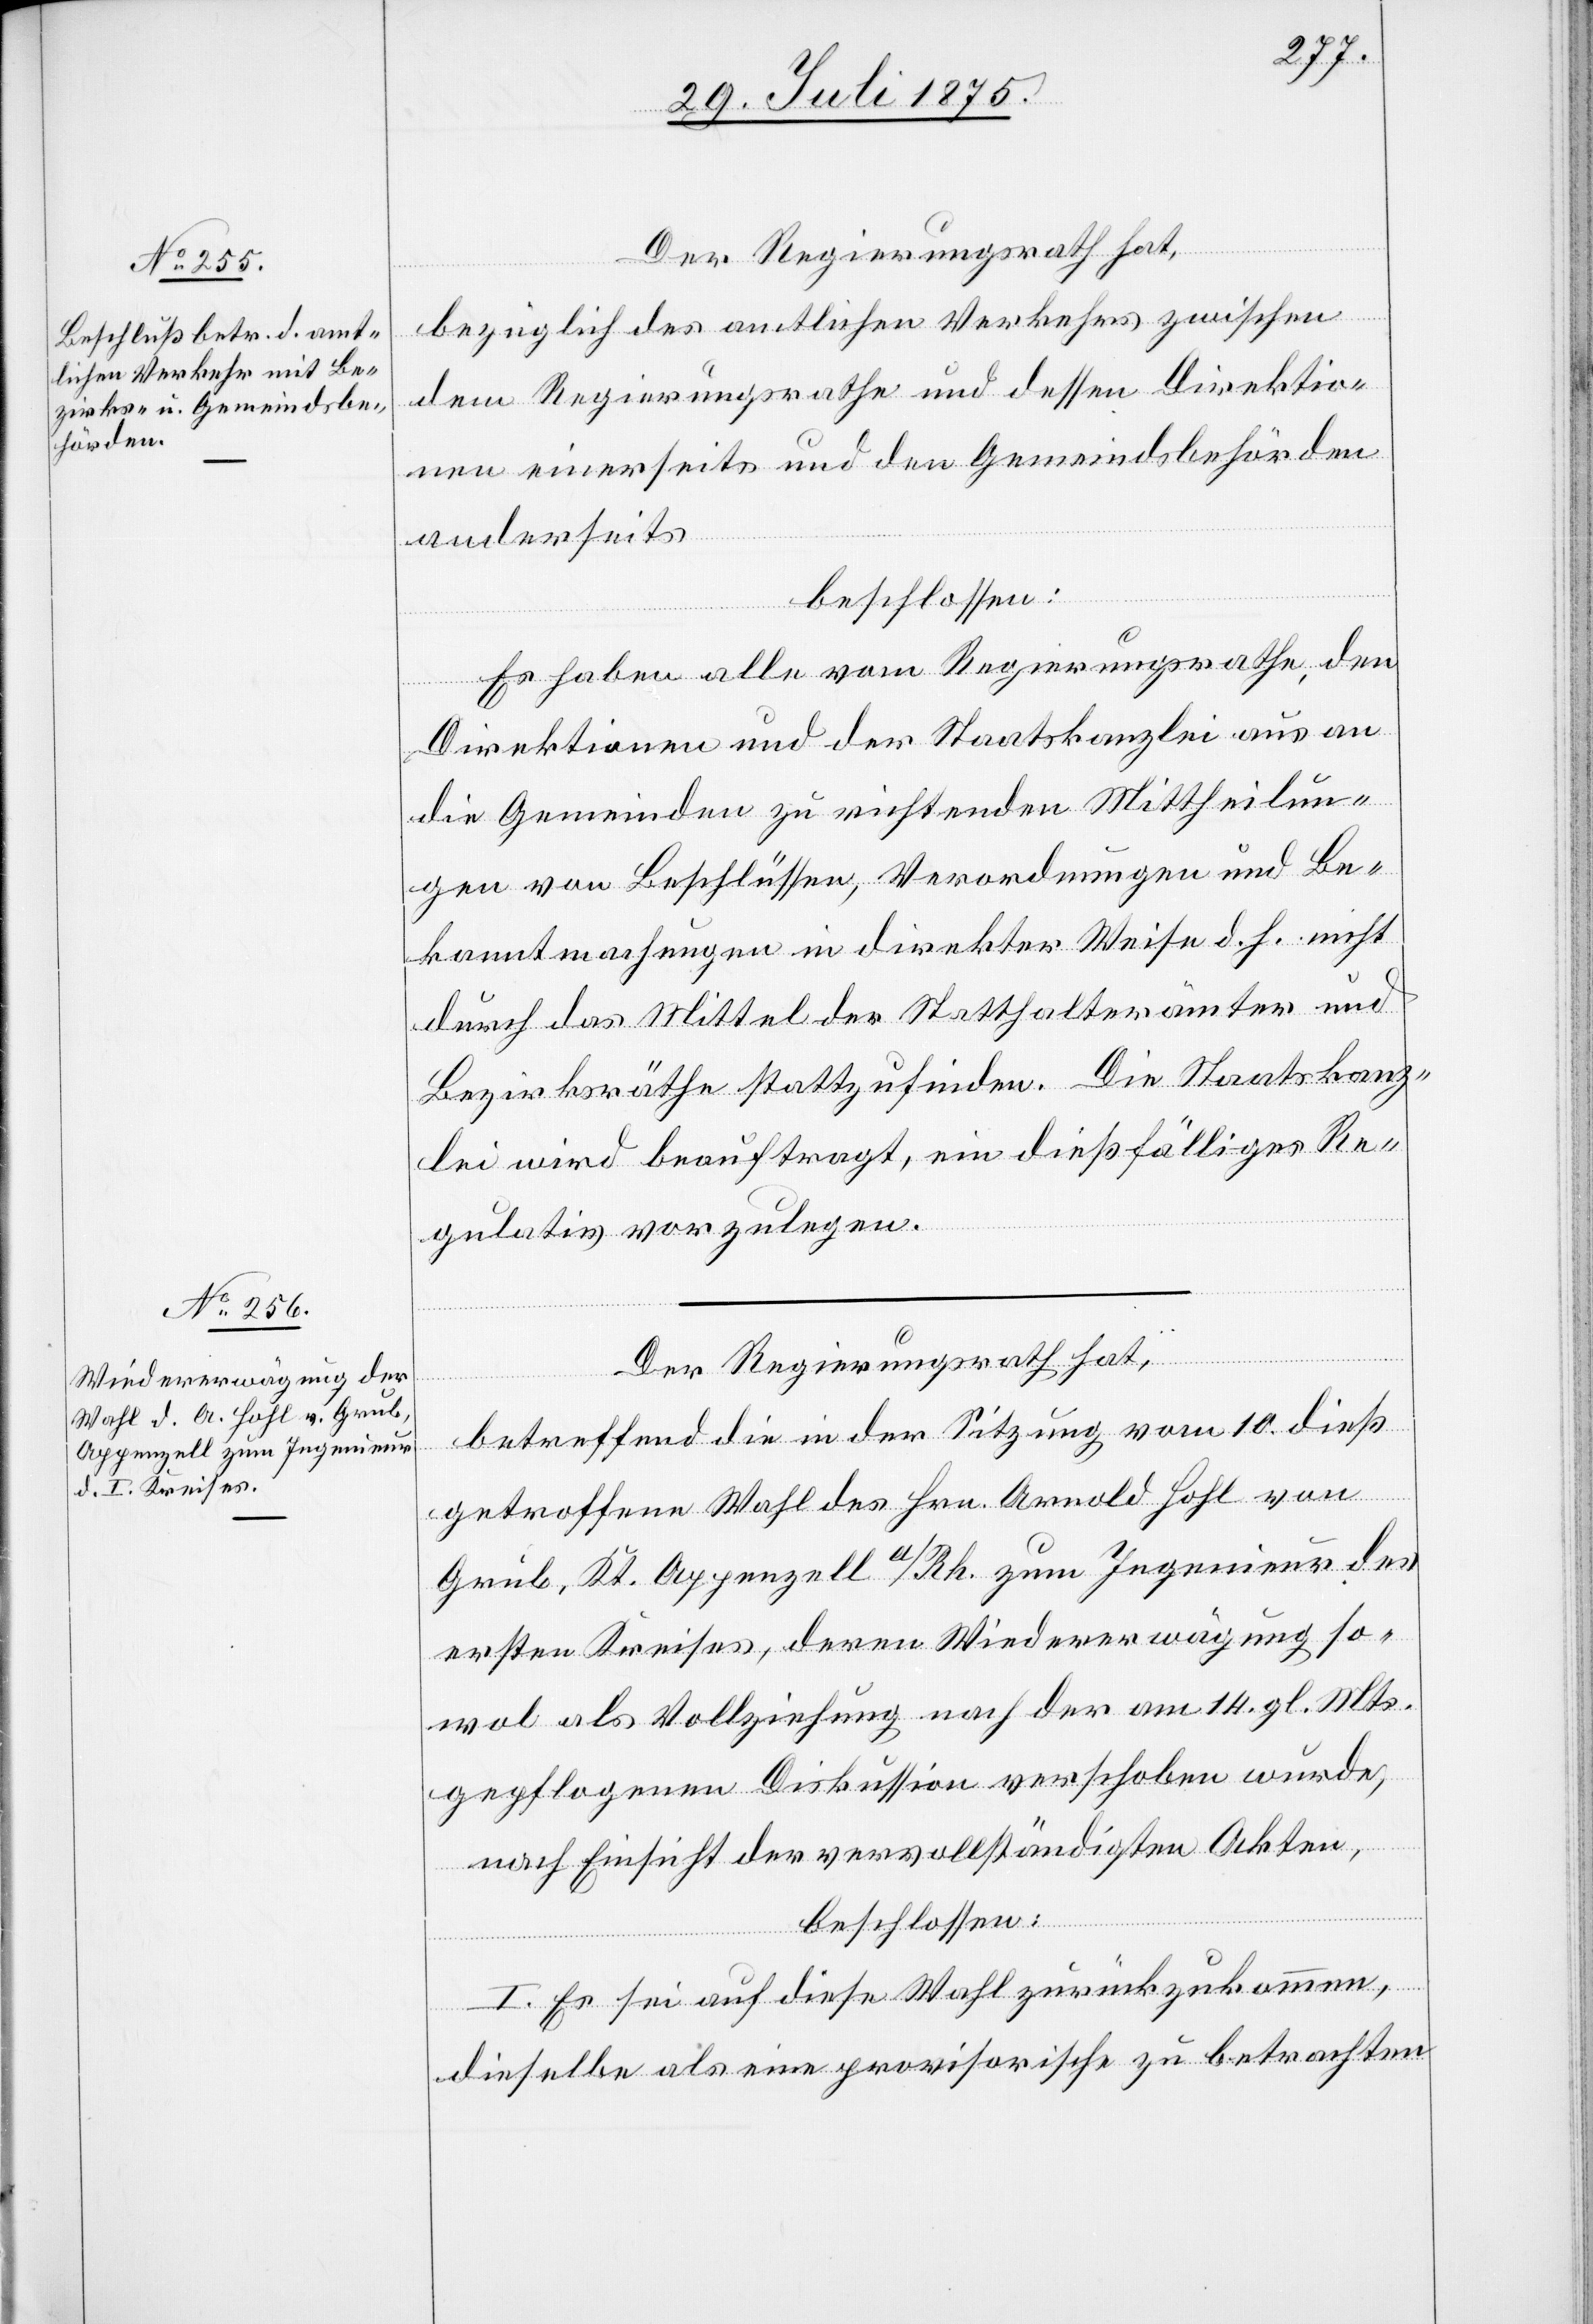
Der Regierungsrath hat,
bezüglich des amtlichen Verkehrs zwischen
dem Regierungsrathe und dessen Direktio¬
nen einerseits und den Gemeindsbehörden
anderseits
beschlossen:
Es haben alle vom Regierungsrathe, den
Direktionen und der Staatskanzlei aus an
die Gemeinden zu richtenden Mittheilun¬
gen von Beschlüssen, Verordnungen und Be¬
kanntmachungen in direkter Weise d. h. nicht
durch das Mittel der Statthalterämter und
Bezirksräthe stattzufinden. Die Staatskanz¬
lei wird beauftragt, ein dießfälliges Re¬
gulativ vorzulegen.
Der Regierungsrath hat,
betreffen die in der Sitzung vom 10. dieß
getroffene Wahl des Hrn. Arnold Hohl von
Grub, Kt. Appenzell a/Rh. zum Ingenieur des
ersten Kreises, deren Wiedererwägung so¬
wol als Vollziehung nach der am 14. gl. Mts.
gepflogenen Diskussion verschoben wurde,
nach Einsicht der vervollständigten Akten,
beschlossen:
I. Es sei auf diese Wahl zurückzukommen,
dieselbe als eine provisorische zu betrachten